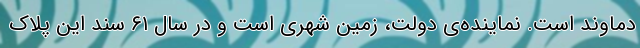
دماوند است. نماینده‌ی دولت، زمین شهری است و در سال ۶۱ سند این پلاک